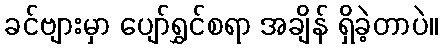
ခင်ဗျားမှာ ပျော်ရွှင်စရာ အချိန် ရှိခဲ့တာပဲ။